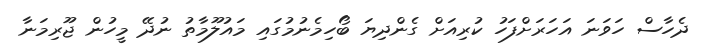
ދެހާސް ހަވަނަ އަހަަރަށްފަހު ކުރިއަށް ގެންދިޔަ ބޯހިމެނުމުގައި މައުލޫމާތު ނުދޭ މީހުން ޖޫރިމަނާ